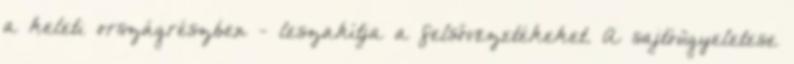
a keleti országrészben - leszakítja a felsővezetékeket. A sajtóügyeletese